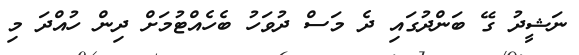
ނަޝީދު ގޭ ބަންދުގައި ދެ މަސް ދުވަހު ބެހެއްޓުމަށް ދިން ހުއްދަ މި